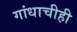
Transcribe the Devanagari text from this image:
गांधाचीही